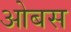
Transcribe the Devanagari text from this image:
ओबस